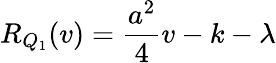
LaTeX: R_{Q_{1}}(v)=\frac{a^{2}}{4}v-k-\lambda